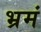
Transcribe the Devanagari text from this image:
भ्रमं